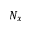
N _ { x }